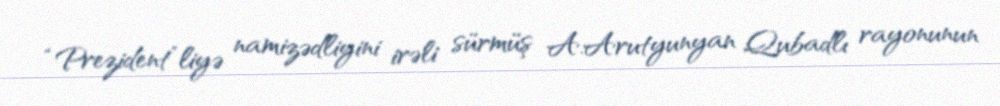
“Prezident”liyə namizədliyini irəli sürmüş A.Arutyunyan Qubadlı rayonunun